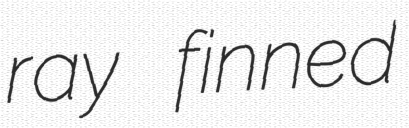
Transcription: ray finned